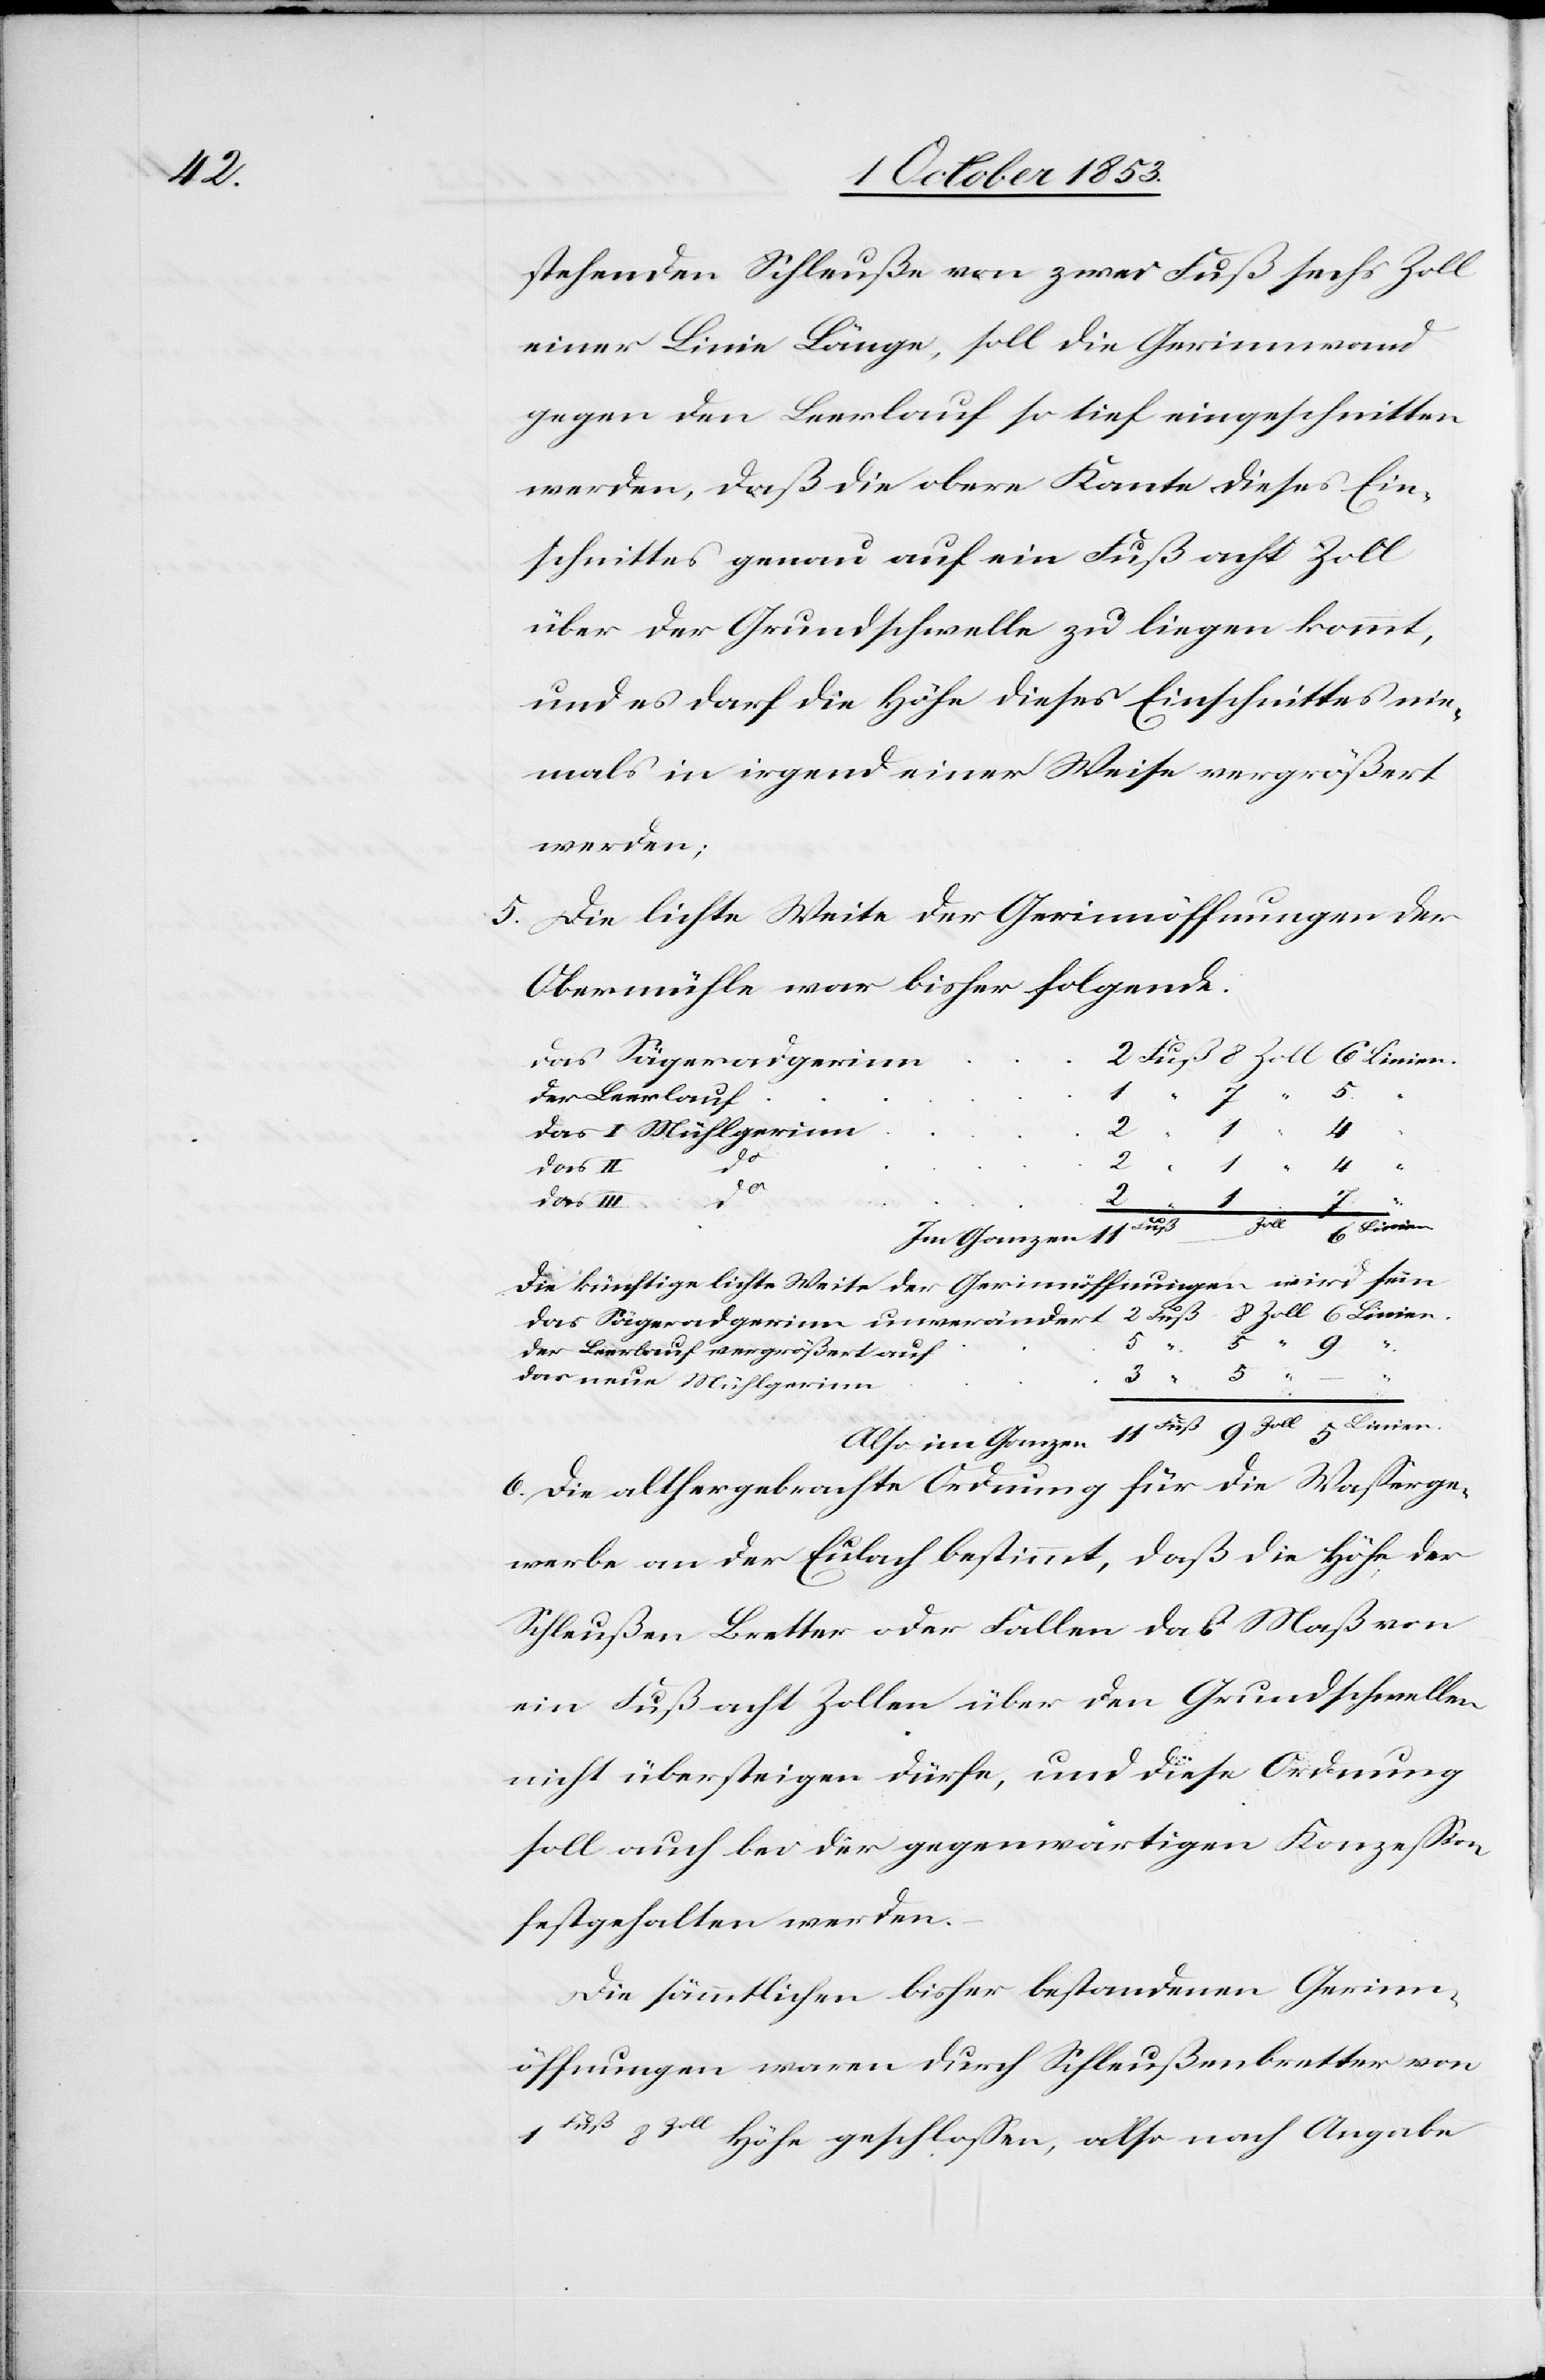
stehenden Schleuße von zwei Fuß sechs Zoll
einer Linie Länge, soll die Gerinnwand
gegen den Leerlauf so tief eingeschnitten
werden, daß die obere Kante dieses Ein¬
schnittes genau auf ein Fuß acht Zoll
über die Grundschwelle zu liegen kommt,
und es darf die Höhe dieses Einschnittes nie¬
mals in irgend einer Weise vergrößert
werden;
5. Die lichte Weite der Gerinnöffnungen der
Obermühle war bisher folgende:
das Sägerradgerinn
Der Leerlauf
“
Das I Mühlgerinn
4
do
5
4
“
Das II
3 “
–
“
Im Ganzen
Die künftige lichte Weite der Gerinnöffnungen wird für
9
Der Leerlauf vergrößert auf
Das neue Mühlegerinn
Als im Ganzen
6. Die althergebrachte Ordnung für die Waßerge¬
werbe an der Eulach bestimmt, daß die Höhe der
Schleußen Bretter oder Fallen daß Maß von
ein Fuß acht Zollen über den Grundschwellen
nicht übersteigen dürfe, und diese Ordnung
soll auch bei der gegenwärtigen Konzeßion
festgehalten werden.
Die sämmtlichen bisher bestandenen Gerinn¬
öffnungen waren durch Schleußenbretter von
Fuß 8 Zoll
Höhe geschloßen, also nach Angabe